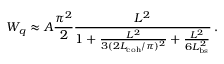
W _ { q } \approx A \frac { \pi ^ { 2 } } { 2 } \frac { L ^ { 2 } } { 1 + \frac { L ^ { 2 } } { 3 ( 2 L _ { \mathrm { c o h } } / \pi ) ^ { 2 } } + \frac { L ^ { 2 } } { 6 L _ { \mathrm { b s } } ^ { 2 } } } \, .